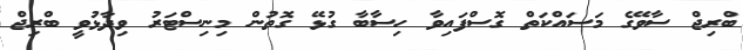
ބްރިޖް ސާވޭގެ މަސައްކަތް ގޮސްފައިވާ ހިސާބާ ގުޅޭ ގޮތުން މިނިސްޓަރު ވިދާޅުވީ ބްރިޖް